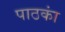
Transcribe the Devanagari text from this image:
पाठकां